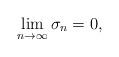
LaTeX: \begin{align*}\lim_{n\to\infty}\sigma_n=0,\end{align*}